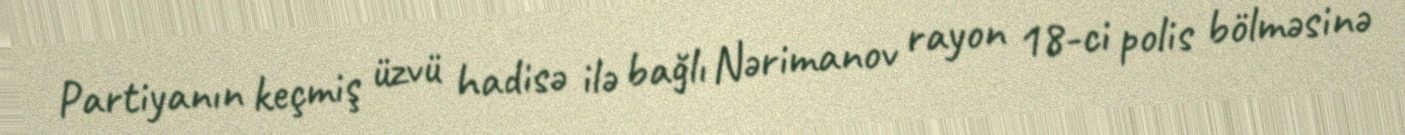
Partiyanın keçmiş üzvü hadisə ilə bağlı Nərimanov rayon 18-ci polis bölməsinə